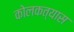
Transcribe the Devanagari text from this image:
कोलकत्यास